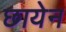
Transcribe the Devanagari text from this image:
छायेन